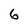
Character: 6